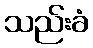
သည်းခံ